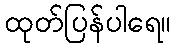
ထုတ်ပြန်ပါရေ။